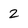
Character: 2